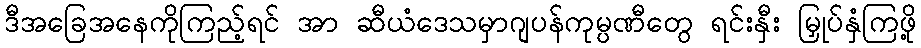
ဒီအခြေအနေကိုကြည့်ရင် အာ ဆီယံဒေသမှာဂျပန်ကုမ္ပဏီတွေ ရင်းနှီး မြှုပ်နှံကြဖို့